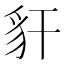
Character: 豻